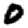
Digit: 0